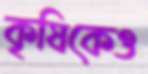
কৃষিকেও